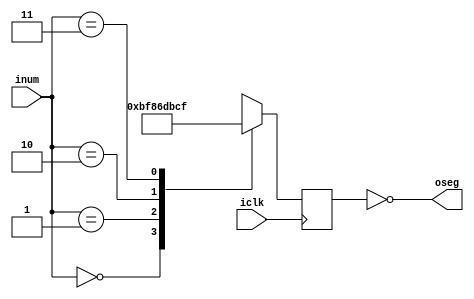
module seven_segment(iclk,inum,oseg);

input 			iclk;
input 	[1:0]	inum;
output 	[7:0]	oseg;
reg		[7:0]	seg;

always @ (posedge iclk)begin
	case (inum)
	4'h0:begin
		seg <= 8'b10111111;
	end
	4'h1:begin
		seg <= 8'b10000110;
	end
	4'h2:begin
		seg <= 8'b11011011;
	end
	4'h3:begin
		seg <= 8'b11001111;
	end
	4'h4:begin
		seg <= 8'b11100110;
	end
	4'h5:begin
		seg <= 8'b11101101;
	end
	4'h6:begin
		seg <= 8'b11111101;
	end
	4'h7:begin
		seg <= 8'b10000111;
	end
	4'h8:begin
		seg <= 8'b11111111;
	end
	4'h9:begin
		seg <= 8'b11101111;
	end
	4'ha:begin
		seg <= 8'b11110111;
	end
	4'hb:begin
		seg <= 8'b11111100;
	end
	4'hc:begin
		seg <= 8'b10111001;
	end
	4'hd:begin
		seg <= 8'b11011110;
	end
	4'he:begin
		seg <= 8'b11111001;
	end
	4'hf:begin
		seg <= 8'b11110001;
	end
	default:begin
		seg <= 8'b10111111;
	end
	endcase
end

assign oseg = ~seg;
endmodule